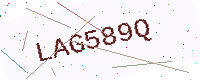
Text: LAG589Q